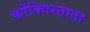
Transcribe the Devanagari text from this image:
कोंक्विस्ताता